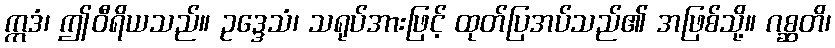
ဣဒံ၊ ဤဝီရိယသည်။ ဥဒ္ဒေသံ၊ သရုပ်အားဖြင့် ထုတ်ပြအပ်သည်၏ အဖြစ်သို့။ ဂစ္ဆတိ၊